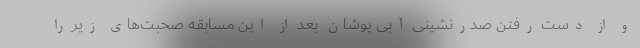
و از دست رفتن صدرنشینی آبی پوشان بعد از این مسابقه صحبت‌های زیر را